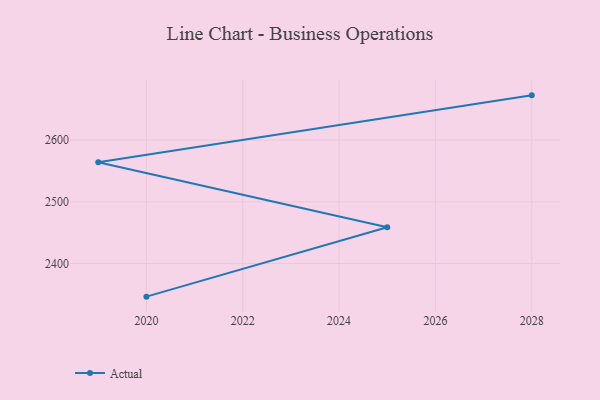
{"axis": {"x": "Year", "y": "Net Income (USD K)"}, "legend": ["Actual"], "data": [{"x": "2028", "y": 2672.5, "type": "Actual"}, {"x": "2019", "y": 2564.0, "type": "Actual"}, {"x": "2025", "y": 2458.7, "type": "Actual"}, {"x": "2020", "y": 2346.3, "type": "Actual"}]}